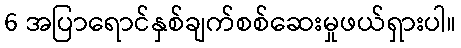
6 အပြာရောင်နှစ်ချက်စစ်ဆေးမှုဖယ်ရှားပါ။